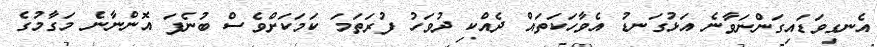
އެނގިވަޑައިގަންނަވާނެ އަޅުގަނޑު އެވާހަކަތައް ދެއްކި ދުވަހު ފުރަތަމަ ކަމަކަށްވެސް ބުނެފަ އޮންނާނެ މަގާމުގެ